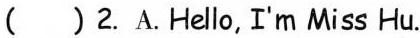
( )2.A.Hello,I'm Miss Hu.